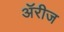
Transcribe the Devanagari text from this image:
ॲरीज